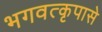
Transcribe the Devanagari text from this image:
भगवत्‍कृपासे